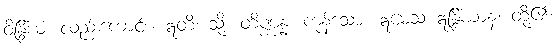
ဝိန္ဒြိယံ၊ လည်းကောင်း။ ဣတိ၊ သို့။ တိဏ္ဏန္နံ၊ ကုန်သော။ ဣမေသံ ဣန္ဒြိယာနံ၊ တို့၏။